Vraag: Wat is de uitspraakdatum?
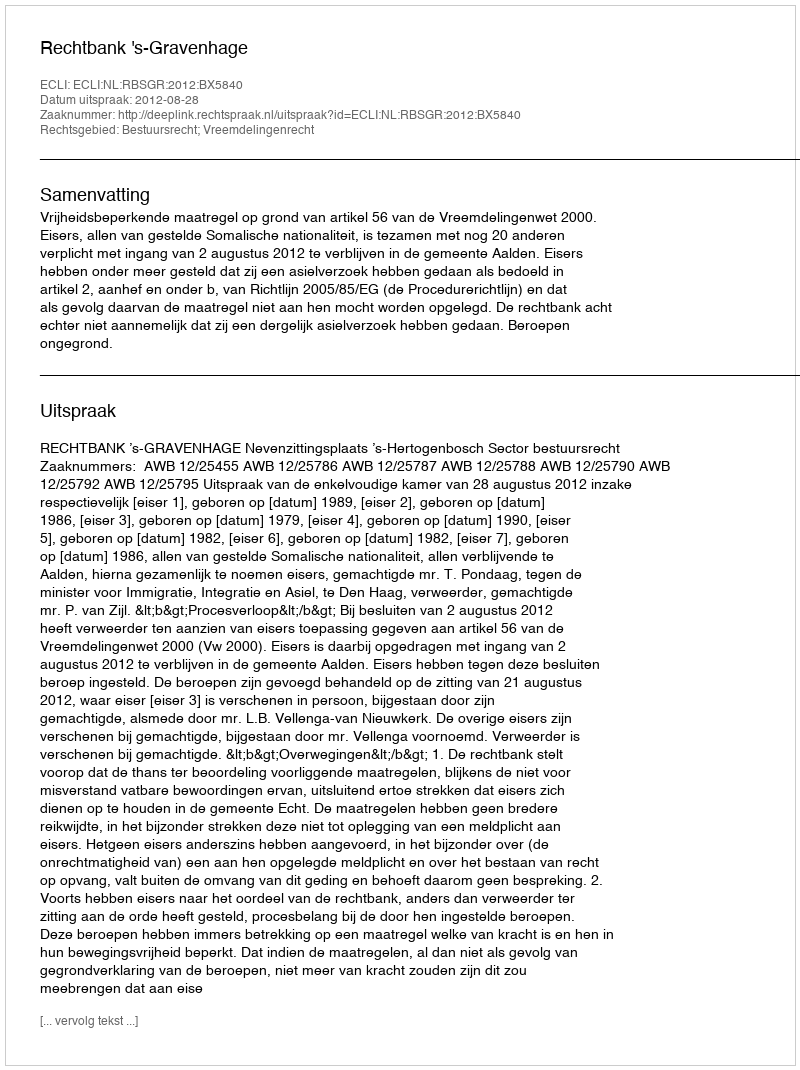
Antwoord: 2012-08-28